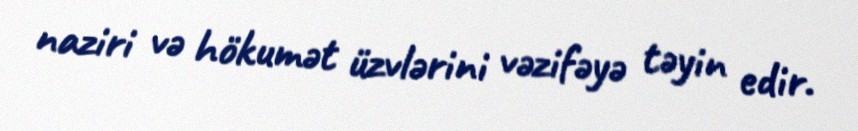
naziri və hökumət üzvlərini vəzifəyə təyin edir.